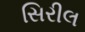
સિરીલ